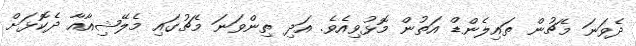
ދެވަނަ މެޗުން ތައިލެންޑް އަތުން މޮޅުވިއެވެ. އަދި ތިންވަނަ މެޗުގައި މެލޭޝިއާއާ ދެކޮޅަށް